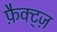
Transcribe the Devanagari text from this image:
फ़ैक्ट्ज़